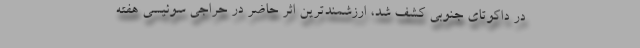
در داکوتای جنوبی کشف شد، ارزشمندترین اثر حاضر در حراجی سوئیسی هفته